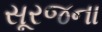
સૂરજના